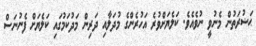
ޙަޟުރަތުން މެނުވީ ނުވެއެވެ. ކަލެޔަށްވުރެ އަހުރެންގެ މުދަލާއި ދަރިން މަދުކަމުގައި ކަލެޔަށް ފެނުނަސް